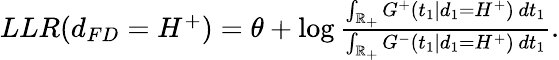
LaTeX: \begin{array}{r}{LLR(d_{FD}=H^{+})=\theta+\log\frac{\int_{\mathbb{R}_{+}}G^{+}(t_{1}|d_{1}=H^{+})\, dt_{1}}{\int_{\mathbb{R}_{+}}G^{-}(t_{1}|d_{1}=H^{+})\, dt_{1}}.}\end{array}